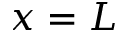
x = L